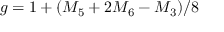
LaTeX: g = 1 + ( M _ { 5 } + 2 M _ { 6 } - M _ { 3 } ) / 8